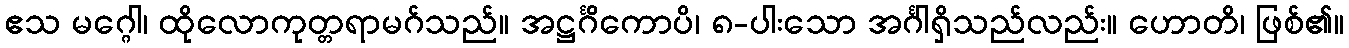
ဧသ မဂ္ဂေါ၊ ထိုလောကုတ္တရာမဂ်သည်။ အဋ္ဌင်္ဂိကောပိ၊ ၈-ပါးသော အင်္ဂါရှိသည်လည်း။ ဟောတိ၊ ဖြစ်၏။